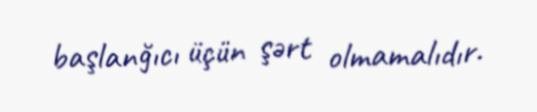
başlanğıcı üçün şərt olmamalıdır.